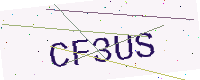
Text: CF3US